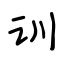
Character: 训